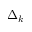
\Delta _ { k }